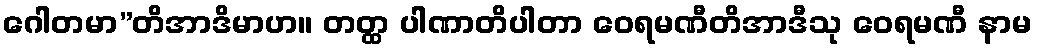
ဂေါတမာ”တိအာဒိမာဟ။ တတ္ထ ပါဏာတိပါတာ ဝေရမဏီတိအာဒီသု ဝေရမဏီ နာမ